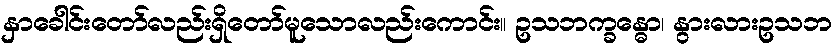
နှာခေါင်းတော်လည်းရှိတော်မူသောလည်းကောင်း။ ဥသဘက္ခန္ဓော၊ နွားလားဥသဘ